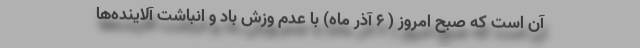
آن است که صبح امروز ( ۶ آذر ماه) با عدم وزش باد و انباشت آلاینده‌ها